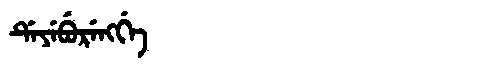
Manchu: ᡩᡝᠶᡝᠪᡠᡵᡝᠩᡤᡝ
Romanization: DEYEBURENGGE